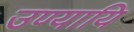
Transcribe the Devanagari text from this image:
उण्यायि